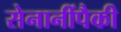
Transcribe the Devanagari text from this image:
सेनानींपैकी